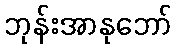
ဘုန်းအာနုဘော်